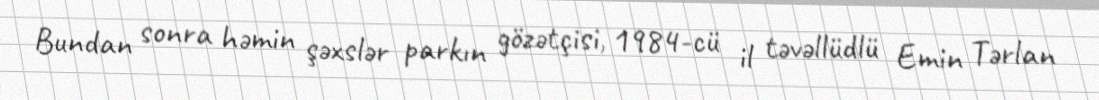
Bundan sonra həmin şəxslər parkın gözətçisi, 1984-cü il təvəllüdlü Emin Tərlan